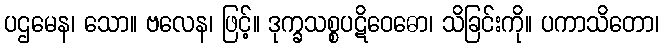
ပဌမေန၊ သော။ ဗလေန၊ ဖြင့်။ ဒုက္ခသစ္စပဋိဝေဓော၊ သိခြင်းကို။ ပကာသိတော၊